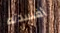
أفسدته